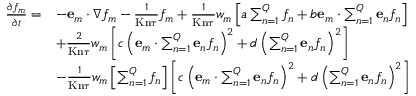
\begin{array} { r l } { \ensuremath { \frac { \partial f _ { m } } { \partial t } } = } & { - \ensuremath { \mathbf { e } } _ { m } \cdot \nabla f _ { m } - \frac { 1 } { \ensuremath { \mathrm { K n } } \tau } f _ { m } + \frac 1 { \ensuremath { \mathrm { K n } } \tau } w _ { m } \left[ a \sum _ { n = 1 } ^ { Q } f _ { n } + b \ensuremath { \mathbf { e } } _ { m } \cdot \sum _ { n = 1 } ^ { Q } \ensuremath { \mathbf { e } } _ { n } f _ { n } \right] } \\ & { + \frac 2 { \ensuremath { \mathrm { K n } } \tau } w _ { m } \left[ c \left( \ensuremath { \mathbf { e } } _ { m } \cdot \sum _ { n = 1 } ^ { Q } \ensuremath { \mathbf { e } } _ { n } f _ { n } \right) ^ { 2 } + d \left( \sum _ { n = 1 } ^ { Q } \ensuremath { \mathbf { e } } _ { n } f _ { n } \right) ^ { 2 } \right] } \\ & { - \frac 1 { \ensuremath { \mathrm { K n } } \tau } w _ { m } \left[ \sum _ { n = 1 } ^ { Q } f _ { n } \right] \left[ c \left( \ensuremath { \mathbf { e } } _ { m } \cdot \sum _ { n = 1 } ^ { Q } \ensuremath { \mathbf { e } } _ { n } f _ { n } \right) ^ { 2 } + d \left( \sum _ { n = 1 } ^ { Q } \ensuremath { \mathbf { e } } _ { n } f _ { n } \right) ^ { 2 } \right] } \end{array}